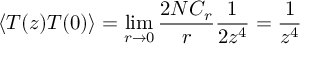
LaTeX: \langle T ( z ) T ( 0 ) \rangle = \operatorname * { l i m } _ { r \rightarrow 0 } \frac { 2 N { \cal C } _ { r } } { r } \frac { 1 } { 2 z ^ { 4 } } = \frac { 1 } { z ^ { 4 } }